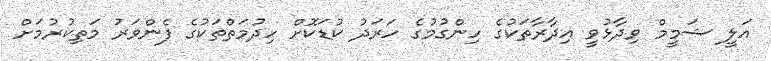
އަލީ ޝަމީމް ވިދާޅުވީ އިދާރާތަކުގެ ހިންގުމުގެ ހަރަދު ކުޑަކޮށް ހިދުމަތްތަކުގެ ފެންވަރު މަތިކުރުމަށް